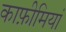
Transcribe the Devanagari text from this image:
काफ़ीमियां